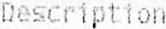
DESCRIPTION